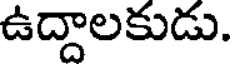
ఉద్దాలకుడు.